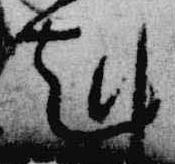
剋